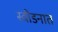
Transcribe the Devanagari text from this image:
स्वीडनात